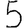
Digit: 5